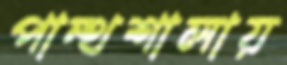
পান্থশালায়